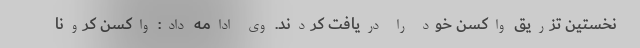
نخستین تزریق واکسن خود را دریافت کردند. وی ادامه داد: واکسن کرونا